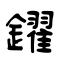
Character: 鑃